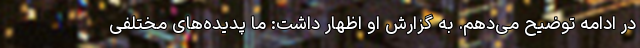
در ادامه توضیح می‌دهم. به گزارش او اظهار داشت: ما پدیده‌های مختلفی